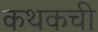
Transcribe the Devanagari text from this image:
कथकची